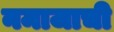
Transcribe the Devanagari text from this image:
नमाजाची